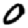
Digit: 0